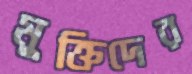
মুক্তিদের